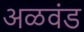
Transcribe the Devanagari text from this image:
अळवंड